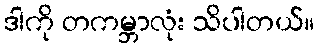
ဒါကို တကမ္ဘာလုံး သိပါတယ်။